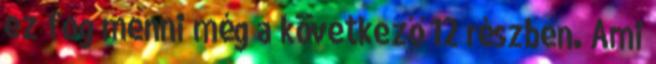
ez fog menni még a következő 12 részben. Ami